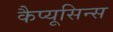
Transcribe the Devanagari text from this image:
कैप्यूसिन्स